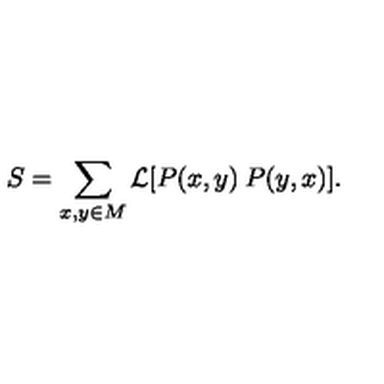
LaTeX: S = \sum _ { x , y \in M } { \mathcal { L } } [ P ( x , y ) \: P ( y , x ) ] .